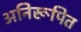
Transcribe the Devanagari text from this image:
अनिरूपित